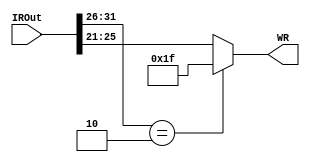
`timescale 1ns / 1ps

module WRMux(WR, IROut
    );
//OUTPUTS------------------------
	output reg [4:0] WR;
//INPUTS-------------------------
	input [31:0] IROut;
//OTHER--------------------------
//CODE---------------------------

always @(*) begin
	if (IROut[31:26] == 6'b 000010)
		WR = 5'b 11111;
	else 
		WR = IROut[25:21];
end
endmodule